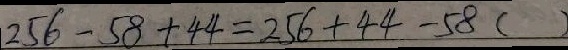
2 5 6 - 5 8 + 4 4 = 2 5 6 + 4 4 - 5 8 ( )